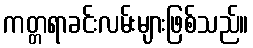
ကတ္တရာခင်းလမ်းများဖြစ်သည်။